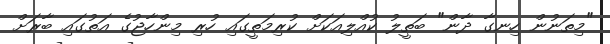
"މިތަނުން ހިނގާ ދާން" ބަތީލު ކުއްލިއަކަށް ކުރިމަތީގައި ހުރި މިންހާޖުގެ އަތުގައި ބާރަށް